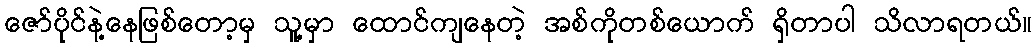
ဇော်ပိုင်နဲ့နေဖြစ်တော့မှ သူ့မှာ ထောင်ကျနေတဲ့ အစ်ကိုတစ်ယောက် ရှိတာပါ သိလာရတယ်။